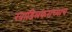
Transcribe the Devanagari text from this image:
खाडिलकरांच्याच